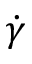
\dot { \gamma }